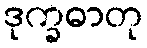
ဒုက္ခဓာတု